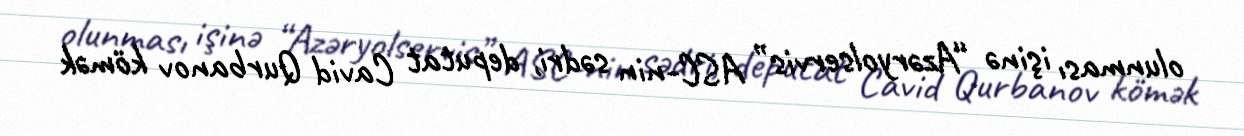
olunması işinə “Azəryolservis” ASC-nin sədri, deputat Cavid Qurbanov kömək